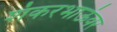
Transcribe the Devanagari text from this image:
शंकरभाऊंवर